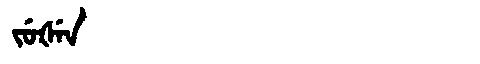
Manchu: ᠵᡠᡧᡝᠨ
Romanization: JUŠEN